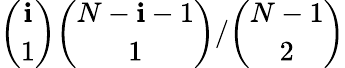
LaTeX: \binom{\mathbf{i}}{1}\binom{N-\mathbf{i}-1}{1}/\binom{N-1}{2}